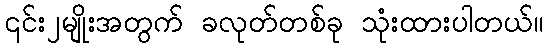
၎င်း၂မျိုးအတွက် ခလုတ်တစ်ခု သုံးထားပါတယ်။